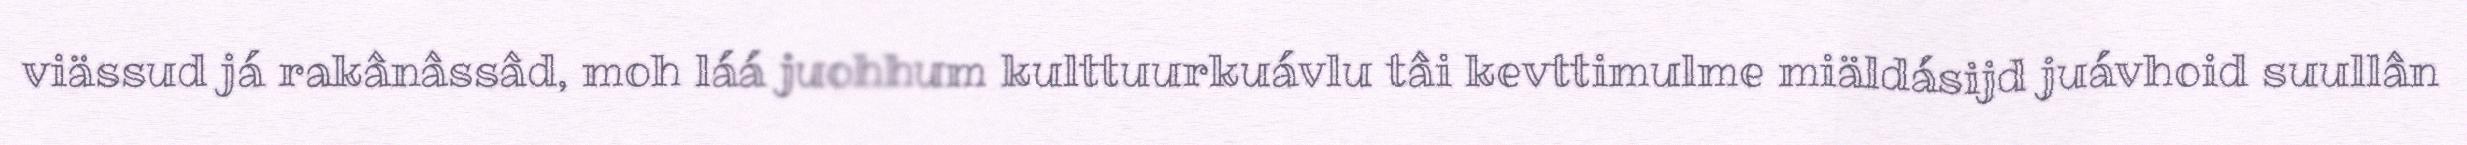
viässud já rakânâssâd, moh láá juohhum kulttuurkuávlu tâi kevttimulme miäldásijd juávhoid suullân